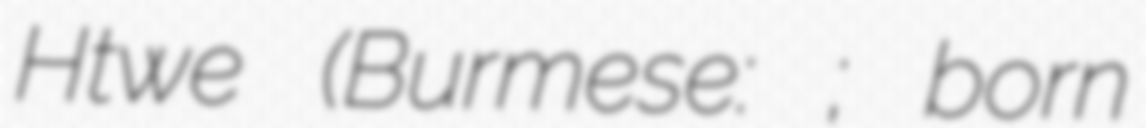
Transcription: Htwe (Burmese: သူဇင်ထွေ; born